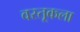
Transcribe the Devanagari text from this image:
वस्तूकला